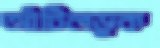
আঁটিলডুক